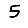
Digit: 5